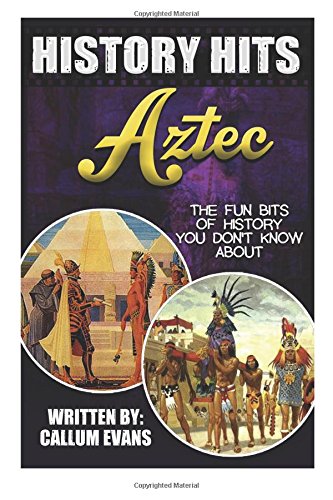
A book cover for The Fun Bits Of History You Don't Know About AZTECS: Illustrated Fun Learning For Kids (History Hits); Callum Evans; History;